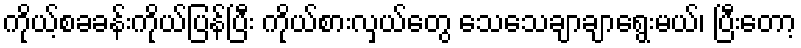
ကိုယ့်စခခန်းကိုယ်ပြန်ပြီး ကိုယ်စားလှယ်တွေ သေသေချာချာရွေးမယ်၊ ပြီးတော့